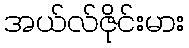
အယ်လ်ဇိုင်းမား